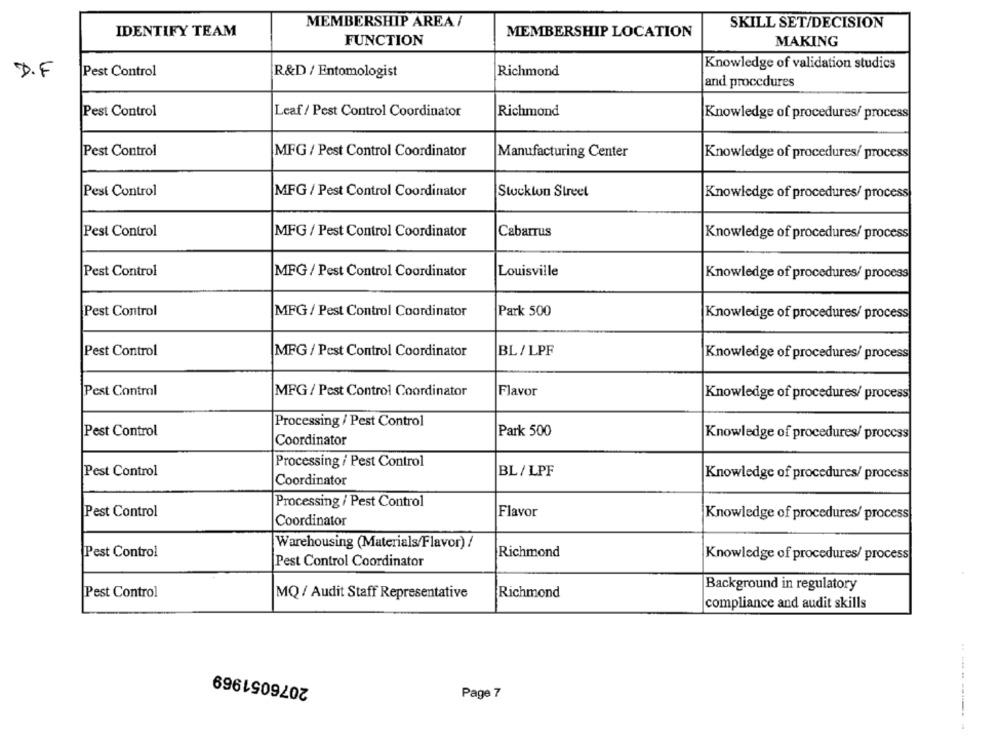
MEMBERSHIP AREA/
SKILL SET/DECISION
IDENTIFY TEAM
MEMBERSHIP LOCATION
FUNCTION
MAKING
Knowledge of validation studics
D.F
Pest Control
R&D / Entomologist
Richmond
and procedures
Leaf / Pest Control Coordinator
Richmond
Pest Control
Knowledge of procedures/ process
Pest Control
MFG / Pest Control Coordinator
Manufacturing Center
Knowledge of procedures/ process
Pest Control
MFG / Pest Control Coordinator
Stockton Street
Knowledge of procedures/ process
Pest Control
MFG / Pest Control Coordinator
Cabarrus
Knowledge of procedures/ process
Pest Control
MFG / Pest Control Coordinator
Louisville
Knowledge of procedures/ process
Pest Control
Park 500
MFG / Pest Control Coordinator
Knowledge of procedures/ process
Pest Control
MFG / Pest Control Coordinator
BL / LPF
Knowledge of procedures/ process
Pest Control
MFG / Pest Control Coordinator
Flavor
Knowledge of procedures/ process
Processing / Pest Control
Pest Control
Park 500
Knowledge of procedures/ process
Coordinator
Processing / Pest Control
Pest Control
BL / LPF
Coordinator
Knowledge of procedures/ process
Processing / Pest Control
Pest Control
Flavor
Knowledge of procedures/ process
Coordinator
Warehousing (Materials/Flavor) /
Pest Control
Richmond
Knowledge of procedures/ process
Pest Control Coordinator
Background in regulatory
Pest Control
Richmond
MQ/ Audit Staff Representative
compliance and audit skills
2076051969
Page 7
---------